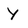
Character: y